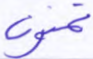
تمنون